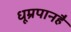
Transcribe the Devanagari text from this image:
धूम्रपानहै